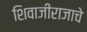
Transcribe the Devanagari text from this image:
शिवाजीराजाचे